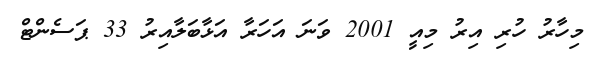
މިހާރު ހުރި އިރު މިއީ 2001 ވަނަ އަހަރާ އަޅާބަލާއިރު 33 ޕަސެންޓް